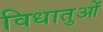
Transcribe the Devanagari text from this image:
विधातुओं